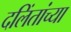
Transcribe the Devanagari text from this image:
दलिंतांच्या